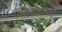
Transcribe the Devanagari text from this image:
सिलीकोनचा